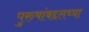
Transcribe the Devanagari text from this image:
पुरुषांबद्दलच्या